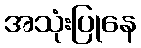
အသုံးပြုနေ